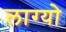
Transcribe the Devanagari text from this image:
लाग्यो